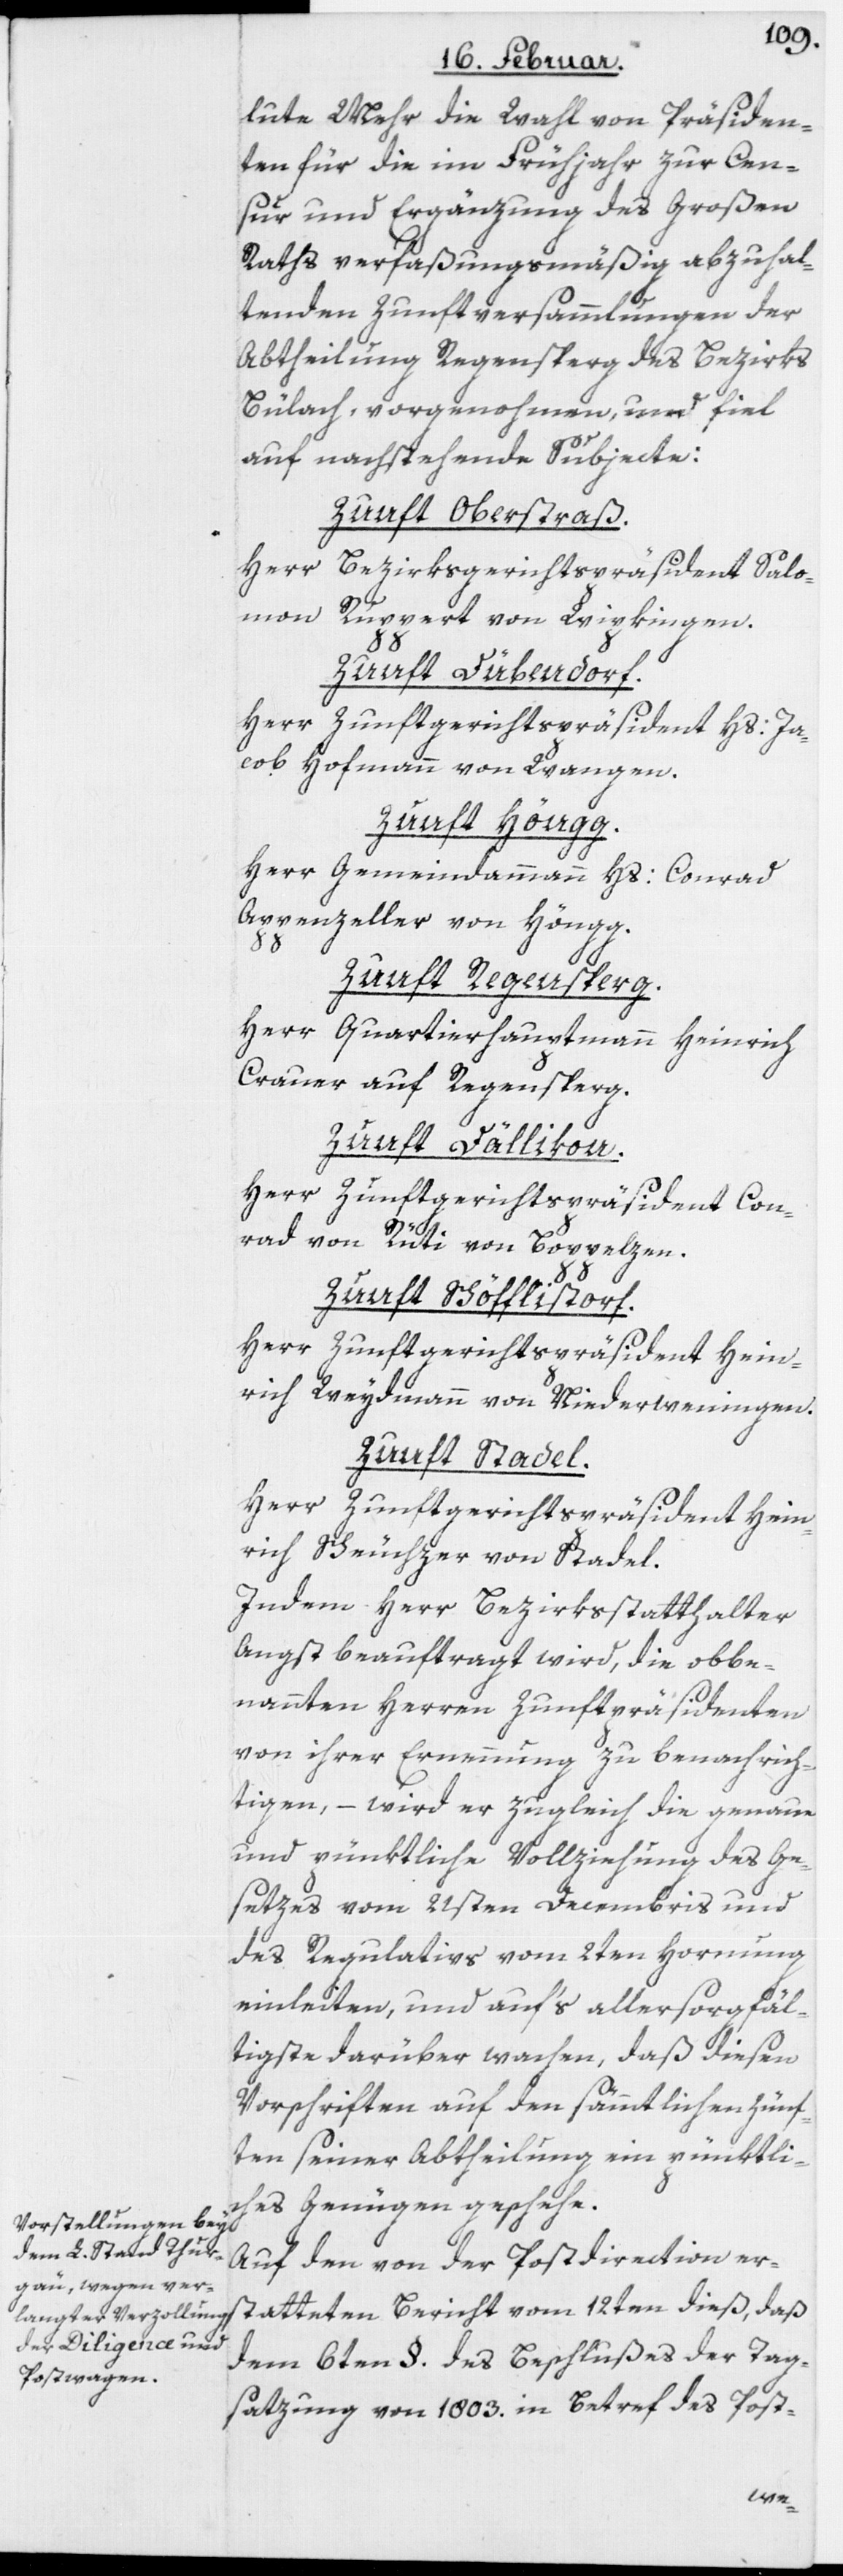
lute Mehr die Wahl von Präsiden¬
ten für die im Frühjahr zur Cen¬
sur und Ergänzung des Großen
Raths verfaßungsmäßig abzuhal¬
tenden Zunftversammlungen der
Abtheilung Regensperg des Bezirks
Bülach, vorgenohmen, und fiel
auf nachstehende Subjecte:
Zunft Oberstraß
Herr Bezirksgerichtspräsident Salo¬
mon Ruppert von Wipkingen.
Zunft Dübendorf.
Herr Zunftgerichtspräsident Hs: Ja¬
cob Hofmann von Wangen.
Zunft Höngg.
Herr Gemeindammann Hs: Conrad
Appenzeller von Höngg.
Zunft Regensperg.
Herr Quartierhauptmann Heinrich
Crauer auf Regensperg.
Zunft Dällikon.
Herr Zunftgerichtspräsident Con¬
rad von Rüti von Boppelzen.
Zunft Schöfflistorf.
Herr Zunftgerichtspräsident Hein¬
rich Weidmann von Niederweningen.
Zunft Stadel.
Herr Zunftgerichtspräsident Hein¬
rich Scheuchzer von Stadel.
Indem Herr Bezirksstatthalter
Angst beauftragt wird, die obbe¬
nannten Herren Zunftpräsidenten
von ihrer Ernennung zu benachrich¬
tigen, – wird er zugleich die genaue
und pünktliche Vollziehung des Ge¬
setzes vom 21sten Decembris und
des Regulativs vom 2ten Hornung
einleiten, und auf‘s allersorgfäl¬
tigste darüber wachen, daß diesen
Vorschriften auf den sämmtlichen Zünf¬
ten seiner Abtheilung ein pünktli¬
ches Genügen geschehe.
Auf den von der Postdirection er¬
statteten Bericht vom 12ten dieß, daß
dem 6ten §. des Beschlußes der Tag¬
satzung von 1803. in Betref des Post-